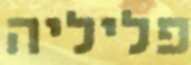
פליליה